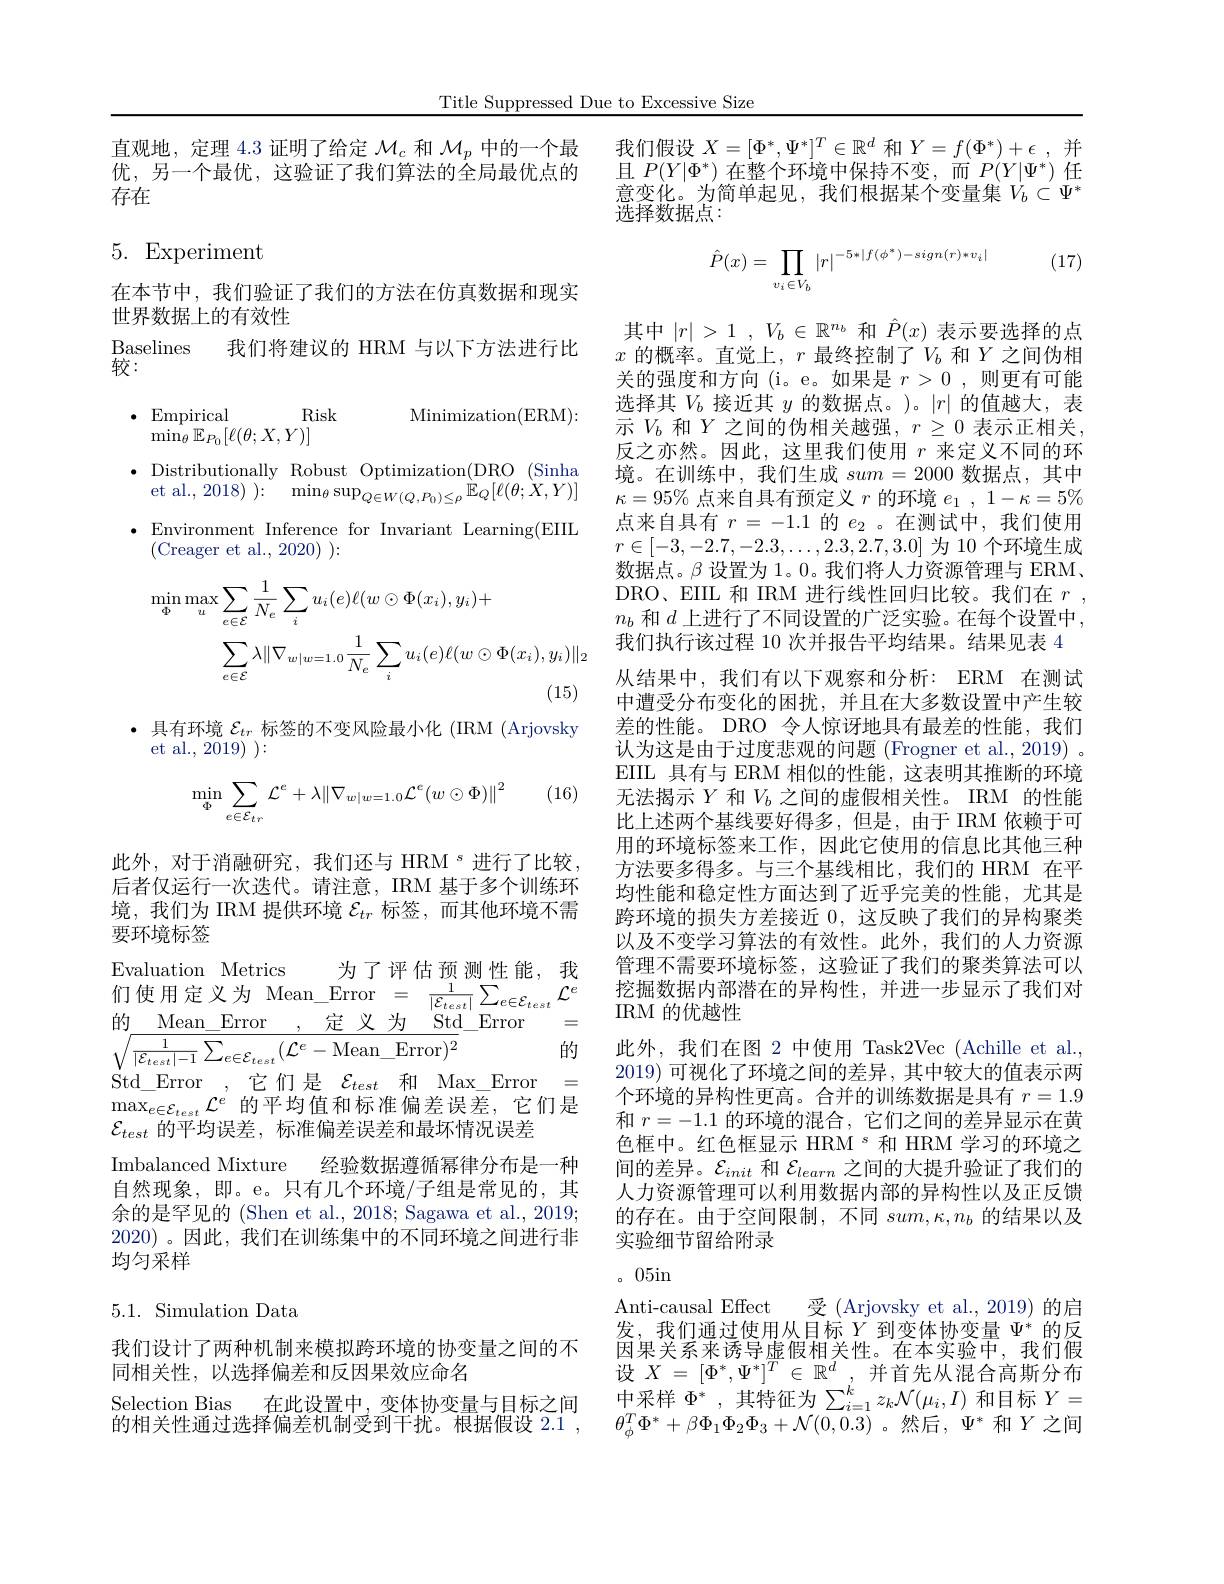
Title Suppressed Due to Excessive Size

直观地，定理 4.3 证明了给定$\mathcal{M}_c$和$\mathcal{M}_p$中的一个最优，另一个最优，这验证了我们算法的全局最优点的存在

# 5. Experiment

在本节中，我们验证了我们的方法在仿真数据和现实
世界数据上的有效性
Baselines
我们将建议的 HRM 与以下方法进行比
较：

Minimization( ERM) :

Risk
$\cdot$Empirical
$\operatorname*{min}_\theta\mathbb{E}_{P_0}[\ell(\theta;X,Y)]$

$\bullet$ Distributionally Robust Optimization(DRO(Sinha))
et al., 2018) ): $\operatorname* { min} _{\theta }\sup _{Q\in W( Q, P_{0}) \leq \rho }\overset {\rightharpoonup }{\operatorname* { \operatorname* { \operatorname* { \operatorname* { E} } } } }_{Q}[ \ell ( \theta ; \dot{X} , Y) ]$ $\bullet$ Environment Inference for Invariant Learning(EIIL
(Creager et al., 2020) ):
$$\begin{aligned}\operatorname*{min}_{\Phi}\operatorname*{max}_{u}&\sum_{e\in\mathcal{E}}\frac{1}{N_{e}}\sum_{i}u_{i}(e)\ell(w\odot\Phi(x_{i}),y_{i})+\\&\sum_{e\in\mathcal{E}}\lambda\|\nabla_{w|w=1.0}\frac{1}{N_{e}}\sum_{i}u_{i}(e)\ell(w\odot\Phi(x_{i}),y_{i})\|_{2}\end{aligned}$$
·具有环境$\mathcal{E}_tr$标签的不变风险最小化 (IRM (Arjovsky)
et al., 2019) $)\colon$

(16)
$$\min_{\Phi}\sum_{e\in\mathcal{E}_{tr}}\mathcal{L}^{e}+\lambda\|\nabla_{w|w=1.0}\mathcal{L}^{e}(w\odot\Phi)\|^{2}$$
此外，对于消融研究，我们还与 HRM $^s$进行了比较， 后者仅运行一次迭代。请注意，IRM 基于多个训练环境，我们为 IRM 提供环境$\mathcal{E}_tr$标签，而其他环境不需要环境标签
Evaluation Metrics

为了评估预测性能，我
$\begin{aligned}&\text{们使用定义为 Mean\_Error}&=&\frac{1}{|\mathcal{E}_{test}|}\sum_{e\in\mathcal{E}_{test}}\mathcal{L}^{e}\end{aligned}$
$\underline{,\:\text{定义为}\:\mathrm{Std}}$Error
=
的 Mean$\_ \_$Error , 定 义 为 Std $\sqrt{\frac1{|\mathcal{E}_{test}|-1}\sum_{e\in\mathcal{E}_{test}}(\mathcal{L}^{e}-\mathrm{Mean}\_\mathrm{Error})^{2}}$ St l Et Et Et
的
Std Error
它们是$\mathcal{E}_test$和 Max\_Error=
$\max_{e\in\mathcal{E}_{test}}\mathcal{L}^e$的平均值和标准偏差误差，它们是
$\mathcal{E}_{test}$的平均误差，标准偏差误差和最坏情况误差
Imbalanced Mixture 经验数据遵循幂律分布是一种自然现象，即。e。只有几个环境/子组是常见的，其余的是罕见的 (Shen et al., 2018; Sagawa et al., 2019; 2020) 。因此 , 我们在训练集中的不同环境之间进行非均匀采样

## 5.1. Simulation Data

我们设计了两种机制来模拟跨环境的协变量之间的不
同相关性，以选择偏差和反因果效应命名

Selection Bias 在此设置中，变体协变量与目标之间的相关性通过选择偏差机制受到干扰。根据假设 2.1 ,

我们假设$X=[\Phi^*,\Psi^*]^T\in\mathbb{R}^d$和$Y=f(\Phi^*)+\epsilon$,并且$P(Y|\Phi^*)$在整个环境中保持不变，而$P(Y|\Psi^*)$任意变化。为简单起见，我们根据某个变量集$V_b\subset\Psi^*$ 选择数据点：

(17)
$$\hat{P}(x)=\prod_{v_i\in V_b}|r|^{-5*|f(\phi^*)-sign(r)*v_i|}$$
其中$| r| > 1$ , $V_b\in \mathbb{R} ^{n_b}$和$\hat{P}(x)$表示要选择的点$x$ 的概率。直觉上，$r$ 最终控制了$V_b$ 和$Y$ 之间伪相关的强度和方向(i。e。如果是$r>0$,则更有可能选择其$V_b$接近其$y$的数据点。)。$|r|$的值越大，表示$V_b$和$Y$之间的伪相关越强，$r\geq0$表示正相关， 反之亦然。因此，这里我们使用$r$来定义不同的环境。在训练中，我们生成$sum=2000$数据点，其中$\kappa=95\%$点来自具有预定义$r$的环境$e_1$ , $1- \kappa = 5\%$ 点来自具有$r=-1.1$的$e_2$ 。在测试中，我们使用$r\in[-3,-2.7,-2.3,\ldots,2.3,2.7,3.0]$为 10 个环境生成数据点。$\beta$设置为 1。0。我们将人力资源管理与 ERM、 DRO、EIIL 和 IRM 进行线性回归比较。我们在$r$, $n_b$和$d$上进行了不同设置的广泛实验。在每个设置中， 我们执行该过程 10 次并报告平均结果。结果见表 4从结果中，我们有以下观察和分析：ERM 在测试中遭受分布变化的困扰，并且在大多数设置中产生较差的性能。DRO 令人惊讶地具有最差的性能，我们认为这是由于过度悲观的问题 (Frogner et al., 2019) 。EIIL 具有与 ERM 相似的性能，这表明其推断的环境无法揭示$Y$和$V_b$之间的虚假相关性。IRM 的性能比上述两个基线要好得多，但是，由于 IRM 依赖于可用的环境标签来工作，因此它使用的信息比其他三种方法要多得多。与三个基线相比，我们的 HRM 在平均性能和稳定性方面达到了近乎完美的性能，尤其是跨环境的损失方差接近0，这反映了我们的异构聚类以及不变学习算法的有效性。此外，我们的人力资源管理不需要环境标签，这验证了我们的聚类算法可以挖掘数据内部潜在的异构性，并进一步显示了我们对IRM 的优越性
此外，我们在图 2 中使用 Task2Vec (Achille et al., 2019)可视化了环境之间的差异，其中较大的值表示两个环境的异构性更高。合并的训练数据是具有$r=1.9$ 和$r=-1.1$的环境的混合，它们之间的差异显示在黄色框中。红色框显示 HRM $^{s}$和 HRM 学习的环境之间的差异。$\mathcal{E}_init$和$\mathcal{E}_learn$之间的大提升验证了我们的人力资源管理可以利用数据内部的异构性以及正反馈的存在。由于空间限制，不同$sum,\kappa,n_b$的结果以及实验细节留给附录
。05in
Anti-causal Effect
受 (Arjovsky et al.,2019)的启
发，我们通过使用从目标$Y$到变体协变量$\Psi^*$的反因果关系来诱导虚假相关性。在本实验中，我们假设 $X$ = $[ \Phi ^{* }, \Psi ^{* }] ^{T}$ $\in$ $\mathbb{R} ^{d}$ , 并首先从混合高斯分布中 采 样 $\Phi ^{* }$ ,其 特 征 为 $\sum _{i= 1}^{k}z_{k}\mathcal{N} ( \mu _{i}, I)$ 和 目 标 $Y=$ 中 采 样 $\Phi ^{* }$ ,其 特 征 为 $\sum _{i= 1}^{k}z_{k}\mathcal{N} ( \mu _{i}, I)$ 和 目 标 $Y=$ $\theta_{\phi}^{T}\Phi^{*}+\beta\Phi_{1}\Phi_{2}\Phi_{3}+\mathcal{N}(0,0.3)$。然后$,\Psi^*$ 和$Y$ 之间